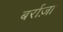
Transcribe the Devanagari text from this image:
बर्राज़ा